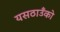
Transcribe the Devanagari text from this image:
यसठाउँको